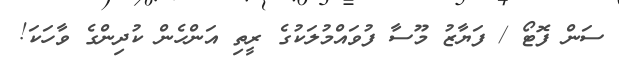
ސަން ފޮޓޯ / ފަޔާޒު މޫސާ ފުވައްމުލަކުގެ ރީތި އަންހެން ކުދިންގެ ވާހަކަ!